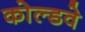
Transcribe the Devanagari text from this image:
कोल्डवे